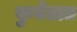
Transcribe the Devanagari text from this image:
कुवेतात